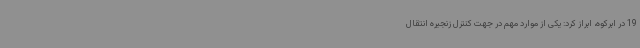
19 در ابرکوه، ابراز کرد: یکی از موارد مهم در جهت کنترل زنجیره انتقال